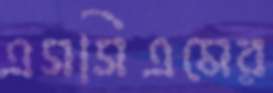
এসসিএমের